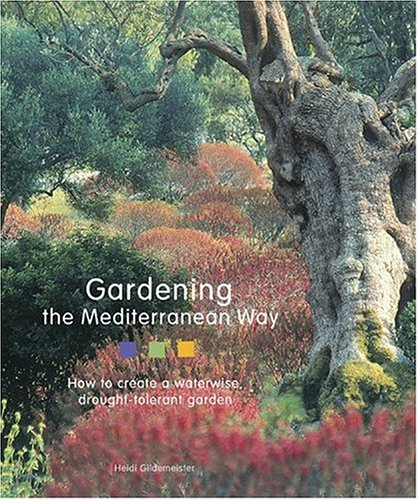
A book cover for Gardening the Mediterranean Way: How to Create a Waterwise, Drought-Tolerant Garden; Heidi Gildemeister; Crafts, Hobbies & Home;